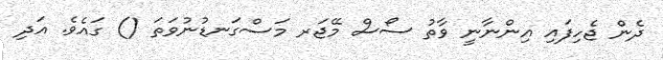
ދެން ޖެހިފައި އިންނާނީ ވާތު ސޯސް މޭޖަރ މަސްގަނޑުނުވަތަ () ގައެވެ. އަދި